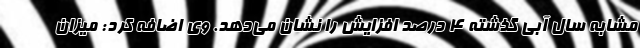
مشابه سال آبی گذشته 4 درصد افزایش را نشان می‌دهد. وی اضافه کرد: میزان